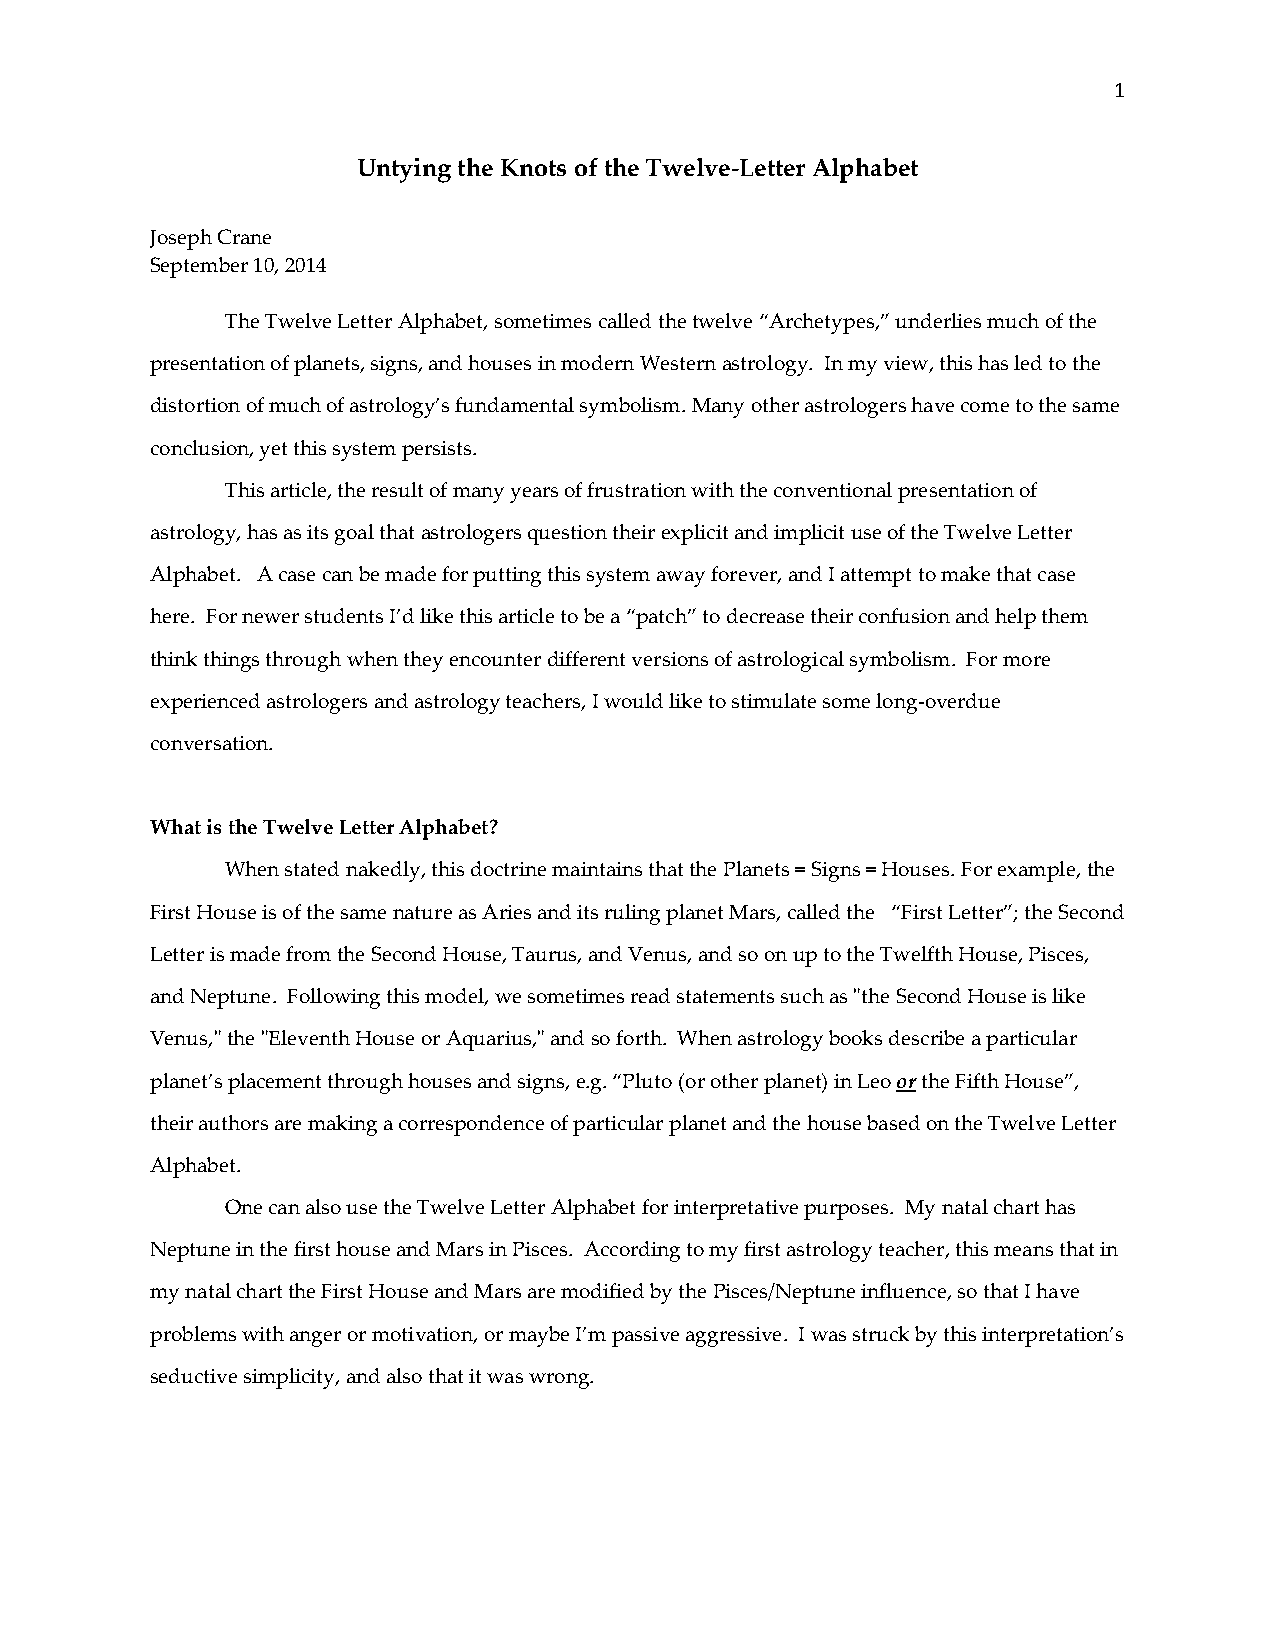
1
 Untying the Knots of the Twelve-Letter Alphabet
 Joseph Crane
 September 10, 2014
 The Twelve Letter Alphabet, sometimes called the twelve “Archetypes,” underlies much of the
 presentation of planets, signs, and houses in modern Western astrology. In my view, this has led to the
 distortion of much of astrology’s fundamental symbolism. Many other astrologers have come to the same
 conclusion, yet this system persists.
 This article, the result of many years of frustration with the conventional presentation of
 astrology, has as its goal that astrologers question their explicit and implicit use of the Twelve Letter
 Alphabet. A case can be made for putting this system away forever, and I attempt to make that case
 here. For newer students I’d like this article to be a “patch” to decrease their confusion and help them
 think things through when they encounter different versions of astrological symbolism. For more
 experienced astrologers and astrology teachers, I would like to stimulate some long-overdue
 conversation.
 What is the Twelve Letter Alphabet?
 When stated nakedly, this doctrine maintains that the Planets = Signs = Houses. For example, the
 First House is of the same nature as Aries and its ruling planet Mars, called the “First Letter”; the Second
 Letter is made from the Second House, Taurus, and Venus, and so on up to the Twelfth House, Pisces,
 and Neptune. Following this model, we sometimes read statements such as "the Second House is like
 Venus," the "Eleventh House or Aquarius," and so forth. When astrology books describe a particular
 planet’s placement through houses and signs, e.g. “Pluto (or other planet) in Leo or the Fifth House”,
 their authors are making a correspondence of particular planet and the house based on the Twelve Letter
 Alphabet.
 One can also use the Twelve Letter Alphabet for interpretative purposes. My natal chart has
 Neptune in the first house and Mars in Pisces. According to my first astrology teacher, this means that in
 my natal chart the First House and Mars are modified by the Pisces/Neptune influence, so that I have
 problems with anger or motivation, or maybe I’m passive aggressive. I was struck by this interpretation’s
 seductive simplicity, and also that it was wrong.